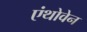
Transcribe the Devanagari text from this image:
एंथोवेन